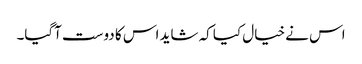
اس نے خیال کیا کہ شاید اس کا دوست آگیا۔